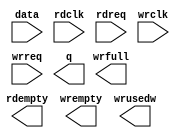
module fifo_238x128 (
	data,
	rdclk,
	rdreq,
	wrclk,
	wrreq,
	q,
	rdempty,
	wrempty,
	wrfull,
	wrusedw);

	input	[237:0]  data;
	input	  rdclk;
	input	  rdreq;
	input	  wrclk;
	input	  wrreq;
	output	[237:0]  q;
	output	  rdempty;
	output	  wrempty;
	output	  wrfull;
	output	[6:0]  wrusedw;

endmodule